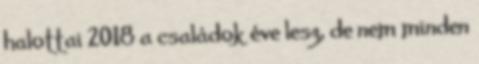
halottai 2018 a családok éve lesz, de nem minden